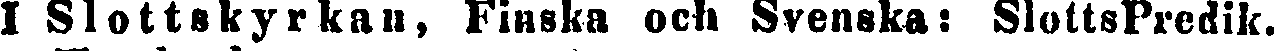
I Slottskyrkan, Finska och Svenska: SlottsPredik.